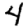
Digit: 4